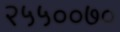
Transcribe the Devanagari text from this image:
२५५००७०